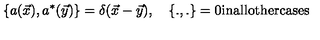
\left\{ a ( \vec { x } ) , a ^ { * } ( \vec { y } ) \right\} = \delta ( \vec { x } - \vec { y } ) , \quad \left\{ . , . \right\} = 0 \mathrm { i n a l l o t h e r c a s e s }